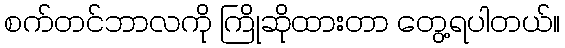
စက်တင်ဘာလကို ကြိုဆိုထားတာ တွေ့ရပါတယ်။